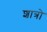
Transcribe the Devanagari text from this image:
शात्रो